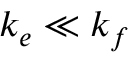
k _ { e } \ll k _ { f }